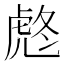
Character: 𧆼